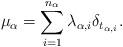
LaTeX: \begin{align*} \mu_{\alpha}=\sum _{i=1}^{n_{\alpha}}\lambda_{\alpha,i}\delta_{t_{\alpha,{i}}}.\end{align*}